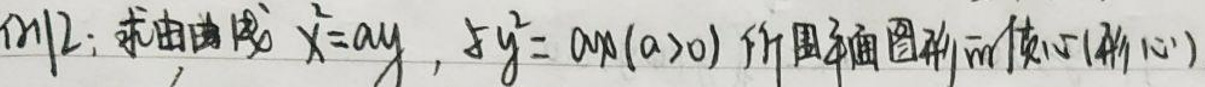
例2：求由曲线\(\dot{x}=ay\)，\(\dot{y}=am(a>0)\)所围图形的面积\(S\)。